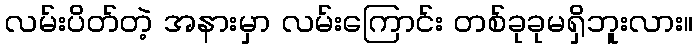
လမ်းပိတ်တဲ့ အနားမှာ လမ်းကြောင်း တစ်ခုခုမရှိဘူးလား။